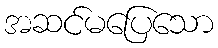
အဆင်မပြေသော